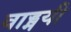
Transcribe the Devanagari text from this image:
वाड्मयी